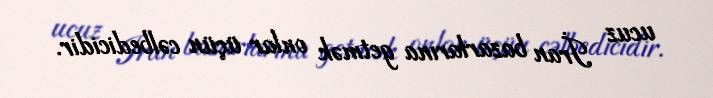
ucuz İran bazarlarına getmək onlar üçün cəlbedicidir.